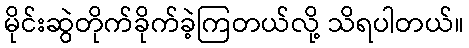
မိုင်းဆွဲတိုက်ခိုက်ခဲ့ကြတယ်လို့ သိရပါတယ်။